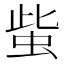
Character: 䖪